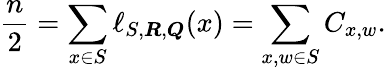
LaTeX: \frac{n}{2}=\sum_{x\in S}\ell_{S,\boldsymbol{R},\boldsymbol{Q}}(x)=\sum_{x,w\in S}C_{x,w}.